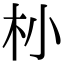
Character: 㭂